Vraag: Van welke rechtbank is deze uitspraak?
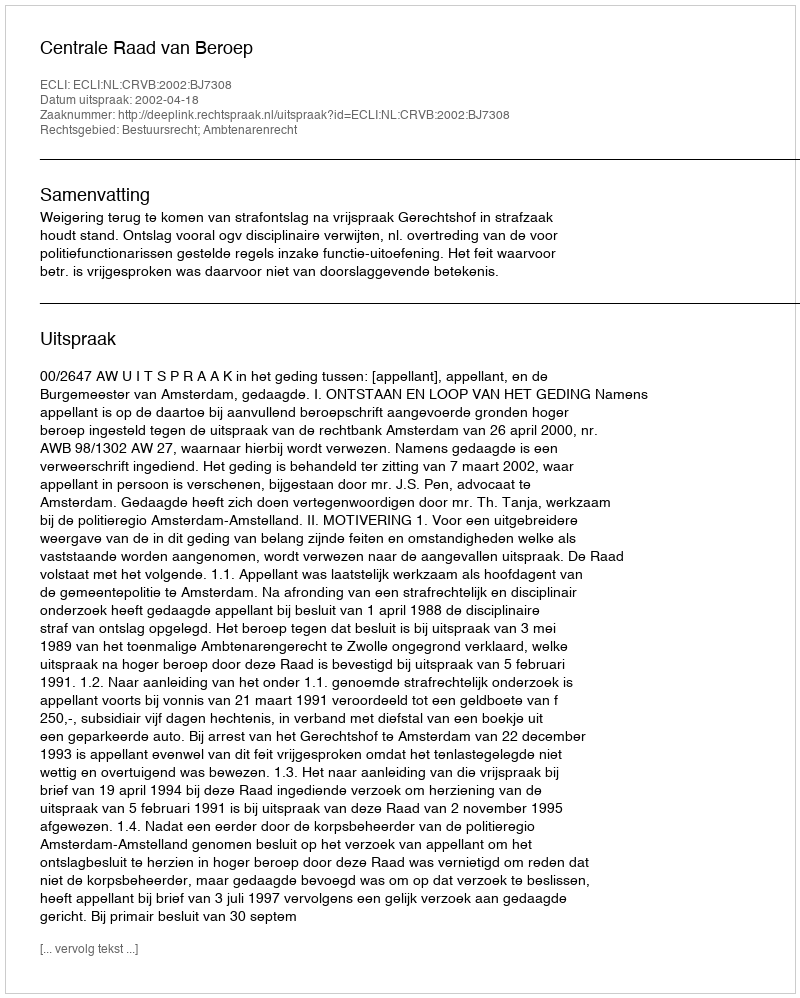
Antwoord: Centrale Raad van Beroep